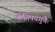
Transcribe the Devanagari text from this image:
कतिपयगुणैः